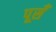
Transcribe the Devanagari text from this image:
पूसँ